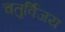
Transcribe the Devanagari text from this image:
चतुर्विजय